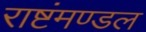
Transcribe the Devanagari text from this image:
राष्टंमण्डल